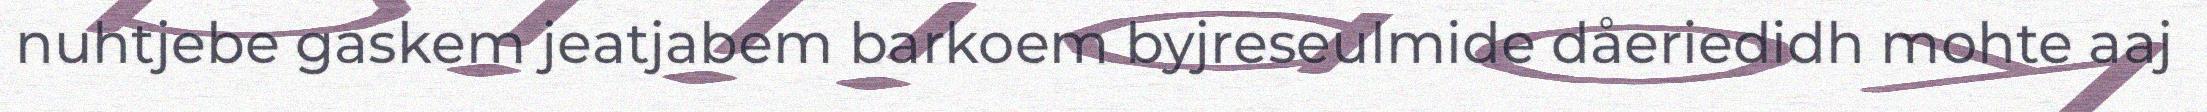
nuhtjebe gaskem jeatjabem barkoem byjreseulmide dåeriedidh mohte aaj